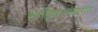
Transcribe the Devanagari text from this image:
साहित्यभांडारात